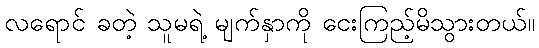
လရောင် ခတဲ့ သူမရဲ့ မျက်နှာကို ငေးကြည့်မိသွားတယ်။